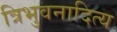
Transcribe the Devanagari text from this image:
त्रिभुवनादित्य